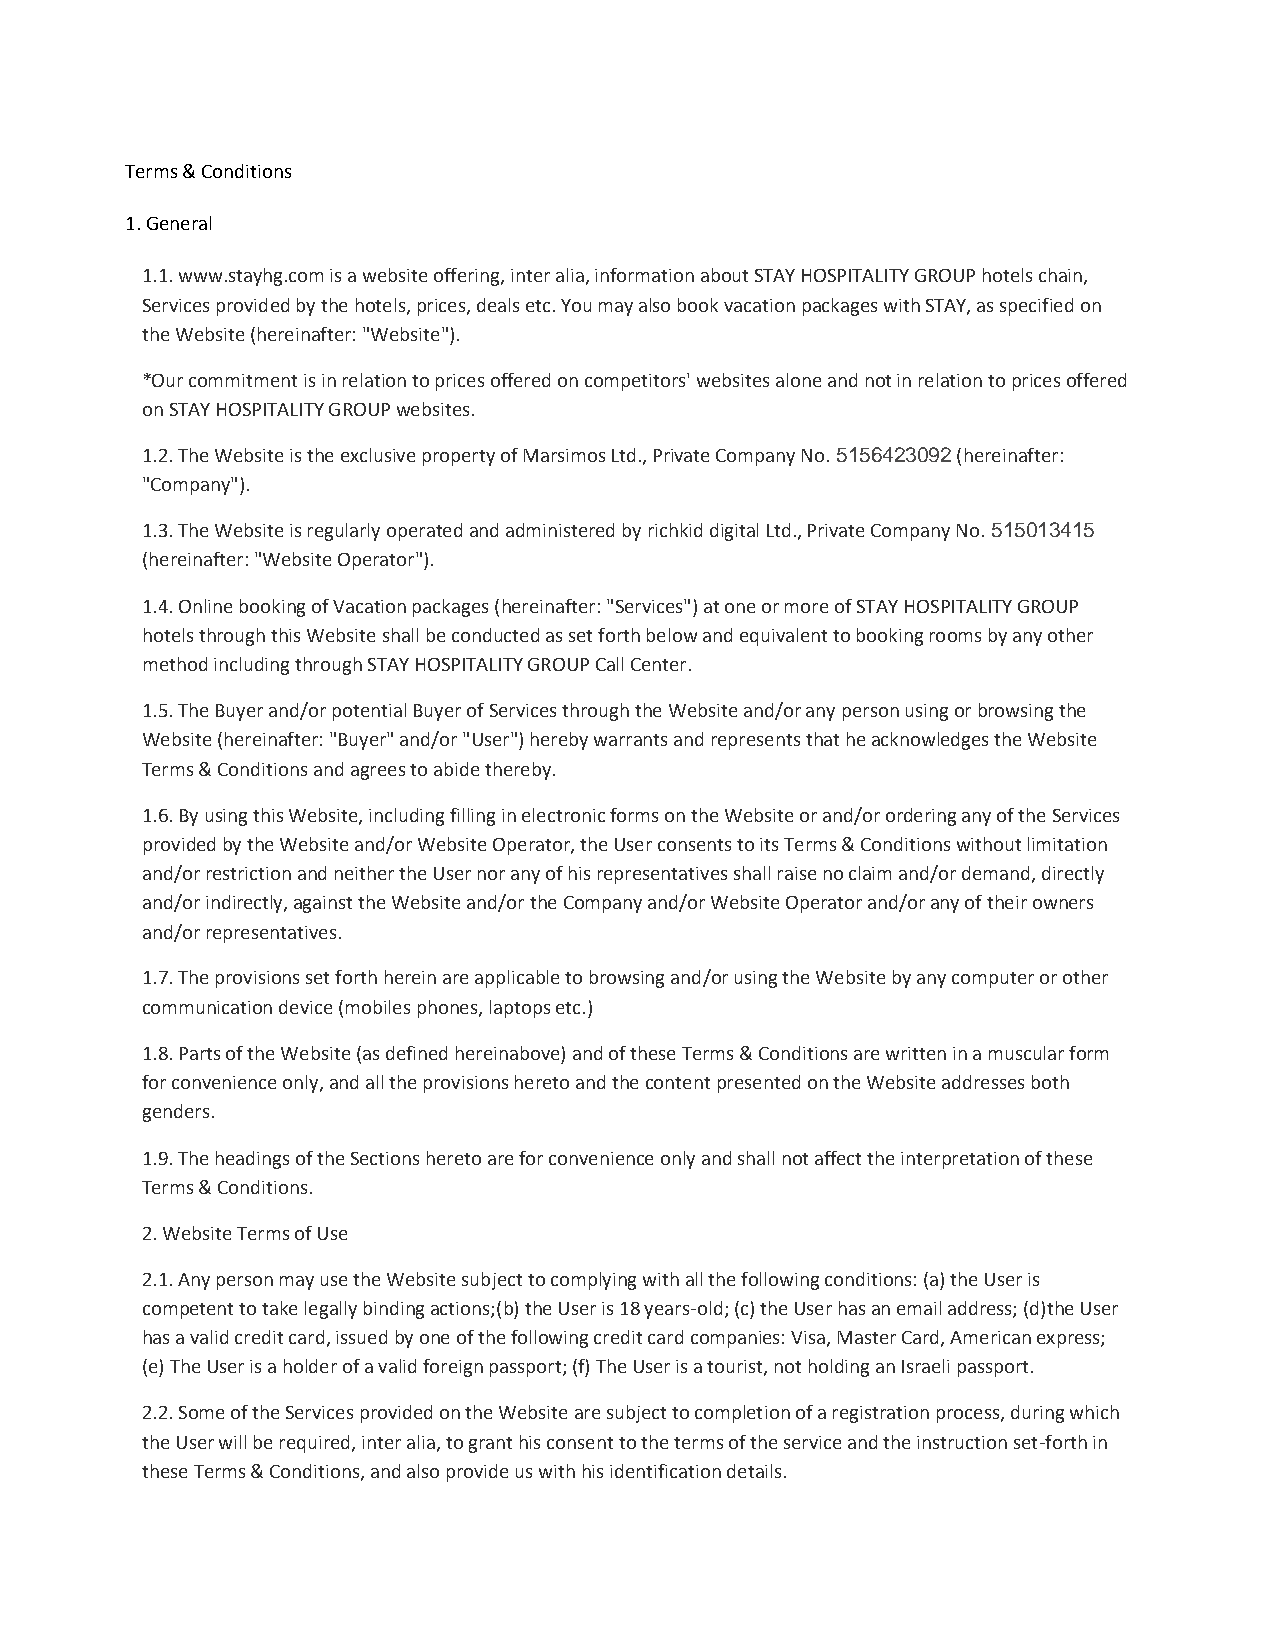
Terms & Conditions
 1. General
 1.1. www.stayhg.com is a website offering, inter alia, information about STAY HOSPITALITY GROUP hotels chain,
 Services provided by the hotels, prices, deals etc. You may also book vacation packages with STAY, as specified on
 the Website (hereinafter: "Website").
 *Our commitment is in relation to prices offered on competitors' websites alone and not in relation to prices offered
 on STAY HOSPITALITY GROUP websites.
 1.2. The Website is the exclusive property of Marsimos Ltd., Private Company No. 5156423092 (hereinafter:
 "Company").
 1.3. The Website is regularly operated and administered by richkid digital Ltd., Private Company No. 515013415
 (hereinafter: "Website Operator").
 1.4. Online booking of Vacation packages (hereinafter: "Services") at one or more of STAY HOSPITALITY GROUP
 hotels through this Website shall be conducted as set forth below and equivalent to booking rooms by any other
 method including through STAY HOSPITALITY GROUP Call Center.
 1.5. The Buyer and/or potential Buyer of Services through the Website and/or any person using or browsing the
 Website (hereinafter: "Buyer" and/or "User") hereby warrants and represents that he acknowledges the Website
 Terms & Conditions and agrees to abide thereby.
 1.6. By using this Website, including filling in electronic forms on the Website or and/or ordering any of the Services
 provided by the Website and/or Website Operator, the User consents to its Terms & Conditions without limitation
 and/or restriction and neither the User nor any of his representatives shall raise no claim and/or demand, directly
 and/or indirectly, against the Website and/or the Company and/or Website Operator and/or any of their owners
 and/or representatives.
 1.7. The provisions set forth herein are applicable to browsing and/or using the Website by any computer or other
 communication device (mobiles phones, laptops etc.)
 1.8. Parts of the Website (as defined hereinabove) and of these Terms & Conditions are written in a muscular form
 for convenience only, and all the provisions hereto and the content presented on the Website addresses both
 genders.
 1.9. The headings of the Sections hereto are for convenience only and shall not affect the interpretation of these
 Terms & Conditions.
 2. Website Terms of Use
 2.1. Any person may use the Website subject to complying with all the following conditions: (a) the User is
 competent to take legally binding actions;(b) the User is 18 years-old; (c) the User has an email address; (d)the User
 has a valid credit card, issued by one of the following credit card companies: Visa, Master Card, American express;
 (e) The User is a holder of a valid foreign passport; (f) The User is a tourist, not holding an Israeli passport.
 2.2. Some of the Services provided on the Website are subject to completion of a registration process, during which
 the User will be required, inter alia, to grant his consent to the terms of the service and the instruction set-forth in
 these Terms & Conditions, and also provide us with his identification details.